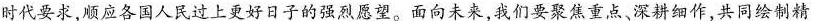
时代要求，顺应各国人民过上更好日子的强烈愿望。面向未来，我们要聚焦重点、深耕细作，共同绘制精